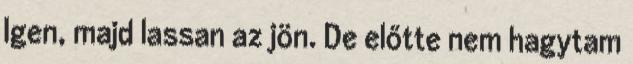
Igen, majd lassan az jön. De előtte nem hagytam